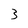
Character: 3